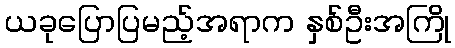
ယခုပြောပြမည့်အရာက နှစ်ဦးအကြို